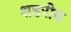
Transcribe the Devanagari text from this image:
शहरीय